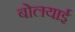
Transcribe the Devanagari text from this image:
बोलयाई